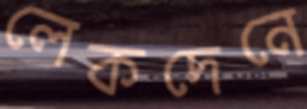
লেকদেনে